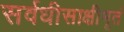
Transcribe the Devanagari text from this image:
सर्वधीसाक्षीभूतं